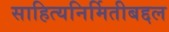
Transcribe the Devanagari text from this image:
साहित्यनिर्मितीबद्दल